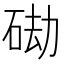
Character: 䂶